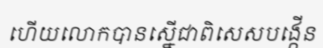
ហើយលោកបានស្នើជាពិសេសបង្កើន